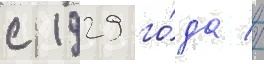
с 1929 го́да //